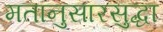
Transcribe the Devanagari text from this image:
मतानुसारसुद्धा